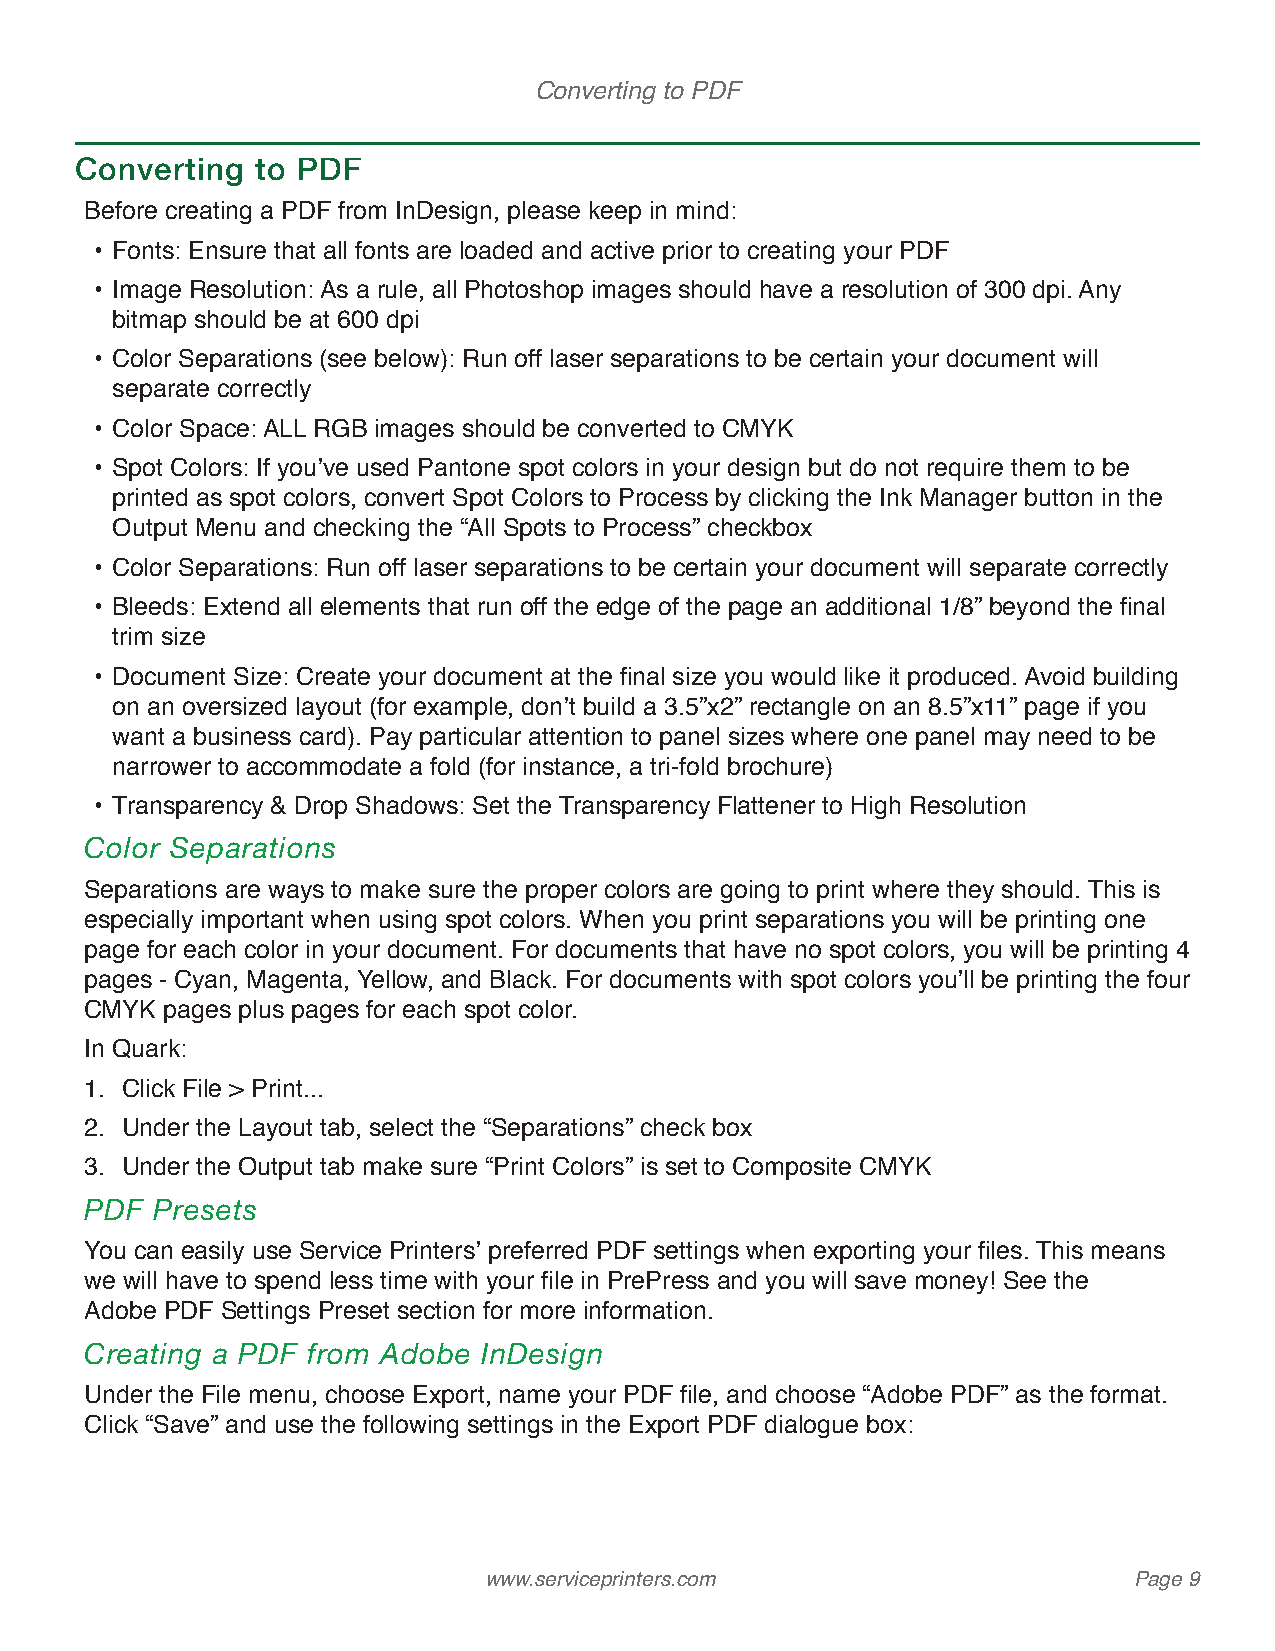
Converting to PDF
 Converting  to PDF
 Before creating a PDF from InDesign, please keep in mind:
 • Fonts: Ensure that all fonts are loaded and active prior to creating your PDF
 • Image Resolution: As a rule, all Photoshop images should have a resolution of 300 dpi. Any
 bitmap should be at 600 dpi
 • Color Separations (see below): Run off laser separations to be certain your document will
 separate correctly
 • Color Space: ALL RGB images should be converted to CMYK
 • Spot Colors: If you’ve used Pantone spot colors in your design but do not require them to be
 printed as spot colors, convert Spot Colors to Process by clicking the Ink Manager button in the
 Output Menu and checking the “All Spots to Process” checkbox
 • Color Separations: Run off laser separations to be certain your document will separate correctly
 • Bleeds: Extend all elements that run off the edge of the page an additional 1/8” beyond the final
 trim size
 • Document Size: Create your document at the final size you would like it produced. Avoid building
 on an oversized layout (for example, don’t build a 3.5”x2” rectangle on an 8.5”x11” page if you
 want a business card). Pay particular attention to panel sizes where one panel may need to be
 narrower to accommodate a fold (for instance, a tri-fold brochure)
 • Transparency & Drop Shadows: Set the Transparency Flattener to High Resolution
 Color Separations
 Separations are ways to make sure the proper colors are going to print where they should. This is
 especially important when using spot colors. When you print separations you will be printing one
 page for each color in your document. For documents that have no spot colors, you will be printing 4
 pages - Cyan, Magenta, Yellow, and Black. For documents with spot colors you’ll be printing the four
 CMYK pages plus pages for each spot color.
 In Quark:
 1. Click File > Print...
 2. Under the Layout tab, select the “Separations” check box
 3. Under the Output tab make sure “Print Colors” is set to Composite CMYK
 PDF Presets
 You can easily use Service Printers’ preferred PDF settings when exporting your files. This means
 we will have to spend less time with your file in PrePress and you will save money! See the
 Adobe PDF Settings Preset section for more information.
 Creating a PDF from Adobe InDesign
 Under the File menu, choose Export, name your PDF file, and choose “Adobe PDF” as the format.
 Click “Save” and use the following settings in the Export PDF dialogue box:
 www.serviceprinters.com                    Page 9